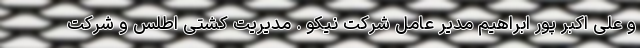
و علی اکبر پور ابراهیم مدیر عامل شرکت نیکو . مدیریت کشتی اطلس و شرکت